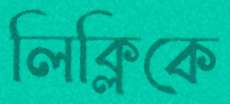
লিক্‌লিকে